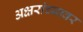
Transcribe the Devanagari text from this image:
अक्षरांच्यावर